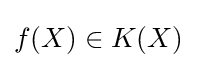
f(X)\in K(X)